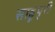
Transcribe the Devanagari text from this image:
साहूपुरी